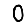
Digit: 0